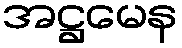
အဋ္ဌမေန